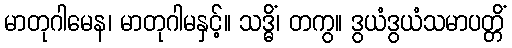
မာတုဂါမေန၊ မာတုဂါမနှင့်။ သဒ္ဓိံ၊ တကွ။ ဒွယံဒွယံသမာပတ္တိံ